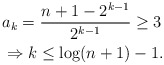
\begin{align*}&a_k=\frac{n+1-2^{k-1}}{2^{k-1}}\ge 3\\&\Rightarrow k\le \log(n+1)-1.\end{align*}